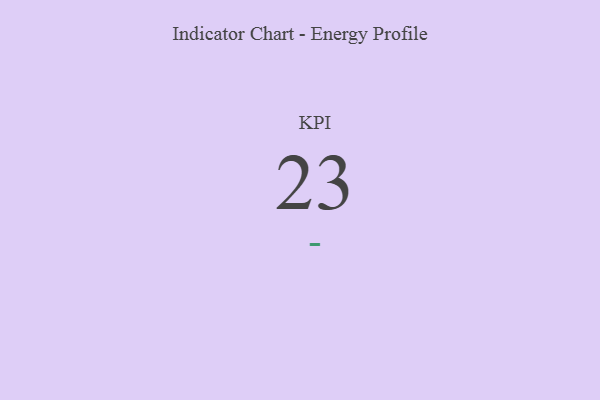
{"axis": {"x": "KPI", "y": "Value"}, "legend": [""], "data": [{"x": "KPI", "y": 23, "type": ""}]}